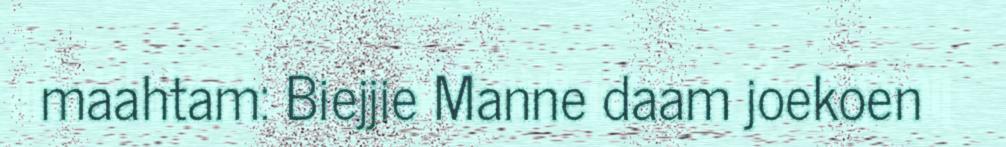
maahtam: Biejjie Manne daam joekoen